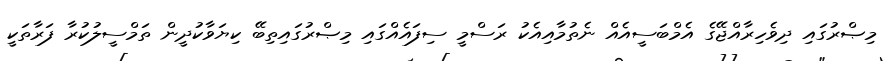
މިޞްރުގައި ދިވެހިރާއްޖޭގެ އެމްބަސީއެއް ނެތުމާއިއެކު ރަސްމީ ސިފައެއްގައި މިޞްރުގައިތިބޭ ކިޔަވާކުދީން ތަމްސީލުކުރާ ފަރާތަކީ